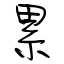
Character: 累